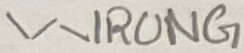
Text: WRONG